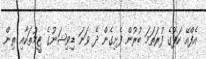
އެފްއޭ ކަޕުގެ ފުރަތަމަ ބުރުން ފެށިގެން ދެ ވަނަ ޑިވިޝަނުގެ ޓީމުތަކާއި ތިން